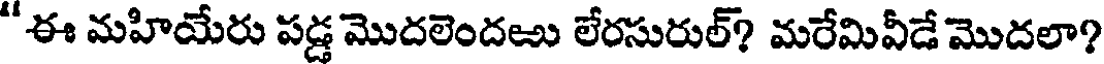
"ఈ మహియేరు పడ్డ మొదలెందఱు లేరసురుల్? మరేమివీడే మొదలా?